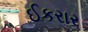
ઈકરાર